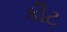
કીટ